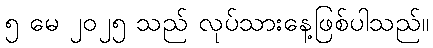
၅ မေ ၂၀၂၅ သည် လုပ်သားနေ့ဖြစ်ပါသည်။